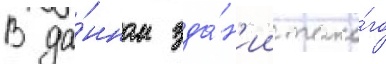
В да́нном зда́н'ии тако́го